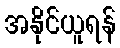
အနိုင်ယူရန်